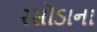
રસોડાના